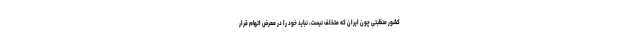
کشور منظبتی چون ایران که متخلف نیست، نباید خود را در معرض اتهام قرار